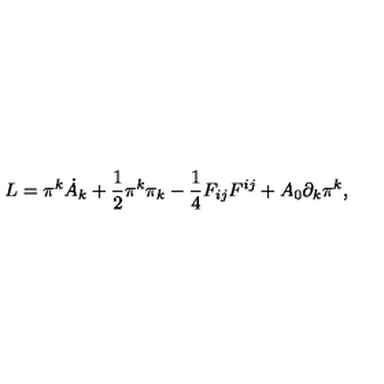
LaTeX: L = \pi ^ { k } \dot { A } _ { k } + \frac { 1 } { 2 } \pi ^ { k } \pi _ { k } - \frac { 1 } { 4 } F _ { i j } F ^ { i j } + A _ { 0 } \partial _ { k } \pi ^ { k } ,